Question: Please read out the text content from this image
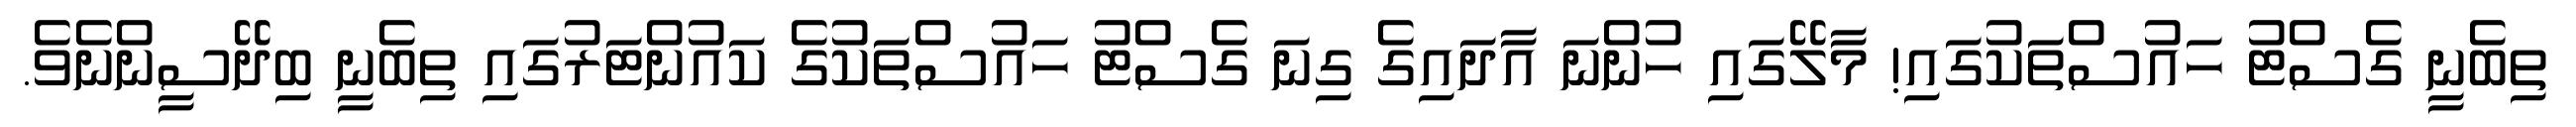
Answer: ތިބެނީ ގެސްޓު ހައުސްތަކުގައި! މާލޭގައި ހުންނަ އާދައިގެ ގިނަ ގެސްޓު ހައުސްތަކުގެ ކައުންޓަރުގައި ތިބެނީ ބިދޭސީންނެވެ.